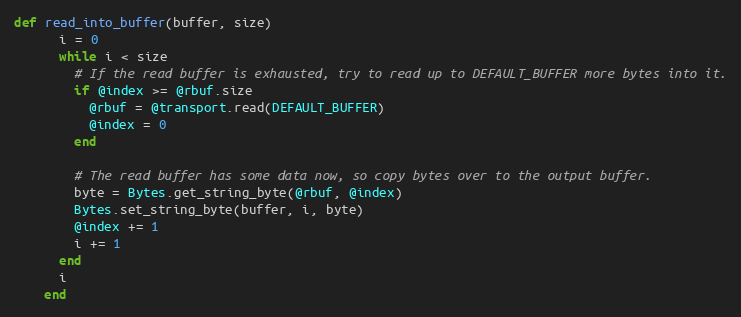
Language: Ruby
def read_into_buffer(buffer, size)
      i = 0
      while i < size
        # If the read buffer is exhausted, try to read up to DEFAULT_BUFFER more bytes into it.
        if @index >= @rbuf.size
          @rbuf = @transport.read(DEFAULT_BUFFER)
          @index = 0
        end

        # The read buffer has some data now, so copy bytes over to the output buffer.
        byte = Bytes.get_string_byte(@rbuf, @index)
        Bytes.set_string_byte(buffer, i, byte)
        @index += 1
        i += 1
      end
      i
    end